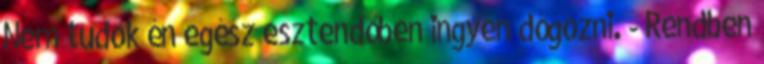
Nem tudok én egész esztendőben ingyen dógozni. - Rendben